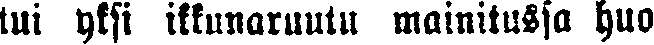
tui yksi ikkunaruutu mainitussa huo